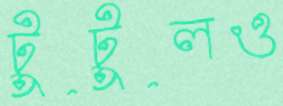
টুটুলও